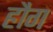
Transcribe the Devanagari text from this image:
हौग